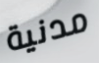
مدنية